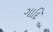
ગાદિ